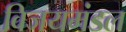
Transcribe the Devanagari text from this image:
विजयमंडल